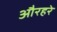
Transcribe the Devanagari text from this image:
औरहरे